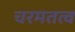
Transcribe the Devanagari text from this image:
चरमतत्व